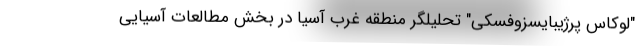
"لوکاس پرژیبایسزوفسکی" تحلیلگر منطقه غرب آسیا در بخش مطالعات آسیایی